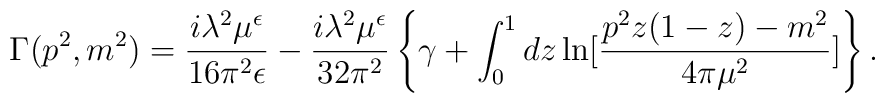
\Gamma (p^{2},m^{2})=\frac{i\lambda ^{2}\mu ^{\epsilon }}{16\pi ^{2}\epsilon }-\frac{i\lambda ^{2}\mu ^{\epsilon }}{32\pi ^{2}}\left\{ \gamma+\int_{0}^{1}dz\ln [\frac{p^{2}z(1-z)-m^{2}}{4\pi \mu ^{2}}]\right\} .